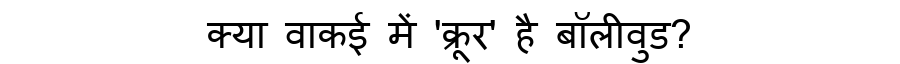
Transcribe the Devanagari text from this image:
क्या वाकई में 'क्रूर' है बॉलीवुड?